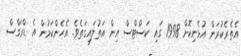
އެތެރެކުރަން އުޅެނިކޮށް 1998 ގައި ކަސްޓްސް އިން އަތުލައިގަތެވެ. އެހެންކަމުން އެ ޑްރަގްސް